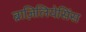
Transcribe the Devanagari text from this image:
ब्राज़िलियेसिंस